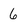
Character: 6